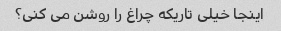
اینجا خیلی تاریکه چراغ را روشن می کنی؟